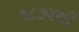
૧૮૭૪થી